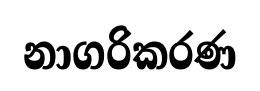
නාගරිකරණ